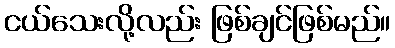
ငယ်သေးလို့လည်း ဖြစ်ချင်ဖြစ်မည်။